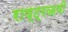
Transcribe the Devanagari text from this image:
राष्ट्रऋषी